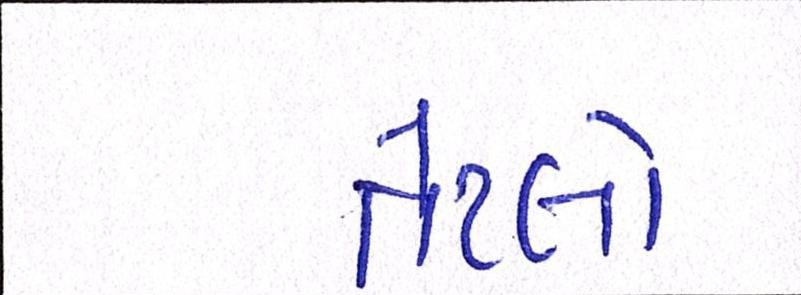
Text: તેટલો